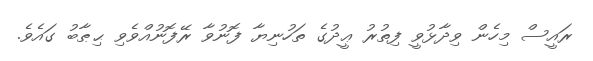
ރައީސް މިހެން ވިދާޅުވީ ފިތުރު ޢީދުގެ ތަހުނިޔާ ފޮނުވާ ރޭފޮނުއްވެވި ޙިޠާބު ގައެވެ.